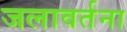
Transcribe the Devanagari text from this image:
जलावर्तना